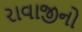
રાવાજીનો